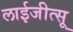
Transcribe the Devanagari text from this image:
लाईजीत्सू